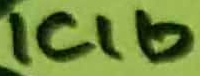
Text: ICIb